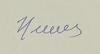
Signature authenticity: forged